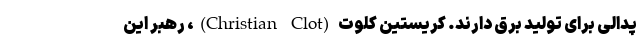
پدالی برای تولید برق دارند. کریستین کلوت (Christian Clot)، رهبر این